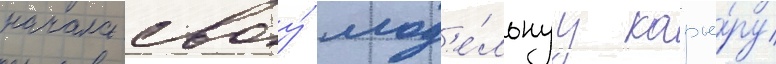
начала своу́ мод'е́льнуу карье́ру